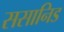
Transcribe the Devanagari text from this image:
ससानिड